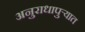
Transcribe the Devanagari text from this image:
अनुराधापुऱ्यात